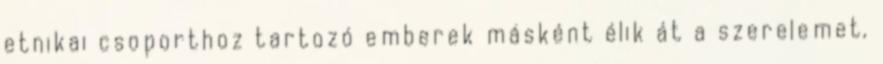
etnikai csoporthoz tartozó emberek másként élik át a szerelemet,